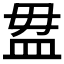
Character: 𥁉